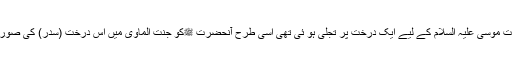
مو لانا حقانی کے نظریہ میں جس طرح حضرت موسیٰ علیہ السلام کے لیے ایک درخت پر تجلی ہو ئی تھی اسی طرح آنحضرت ﷺکو جنت الماویٰ میں اس درخت (سدر) کی صورت میں تجلی ہو ئی جو تمام ارواح کی جڑ ہے ۔